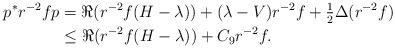
LaTeX: \begin{align*}p^* r^{-2}fp &= \Re(r^{-2}f(H-\lambda)) + (\lambda-V) r^{-2}f + \tfrac{1}{2} \Delta(r^{-2}f)\\&\leq \Re(r^{-2}f(H-\lambda)) + C_{9}r^{-2}f.\end{align*}